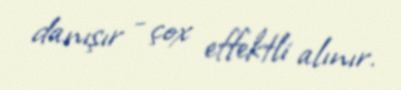
danışır - çox effektli alınır.